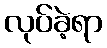
လုပ်ခဲ့ရာ